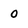
Character: 0